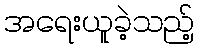
အရေးယူခဲ့သည့်